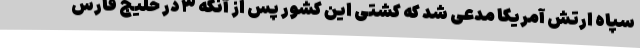
سپاه ارتش آمریکا مدعی شد که کشتی این کشور پس از آنکه ۳ در خلیج فارس